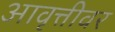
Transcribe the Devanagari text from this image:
आवृत्तीवर